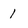
Character: 1